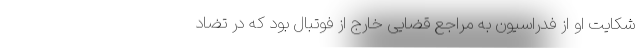
شکایت او از فدراسیون به مراجع قضایی خارج از فوتبال بود که در تضاد